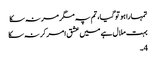
تمہارا ہو تو گیا، تم پہ مگر مر نہ سکا
بہت ملال ہے میں عشق امر کر نہ سکا
4۔